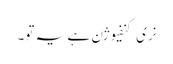
نری کنفیوژن ہے یہ تو۔